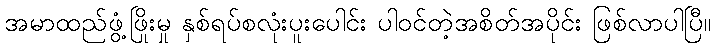
အမာထည်ဖွံ့ဖြိုးမှု နှစ်ရပ်စလုံးပူးပေါင်း ပါဝင်တဲ့အစိတ်အပိုင်း ဖြစ်လာပါပြီ။